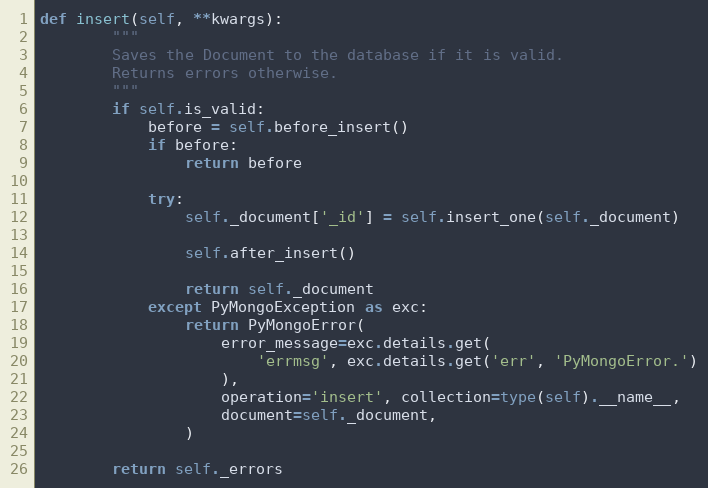
Language: Python
def insert(self, **kwargs):
        """
        Saves the Document to the database if it is valid.
        Returns errors otherwise.
        """
        if self.is_valid:
            before = self.before_insert()
            if before:
                return before

            try:
                self._document['_id'] = self.insert_one(self._document)

                self.after_insert()

                return self._document
            except PyMongoException as exc:
                return PyMongoError(
                    error_message=exc.details.get(
                        'errmsg', exc.details.get('err', 'PyMongoError.')
                    ),
                    operation='insert', collection=type(self).__name__,
                    document=self._document,
                )

        return self._errors